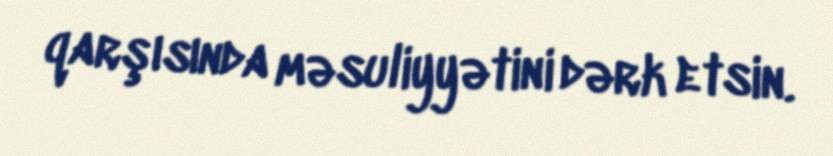
qarşısında məsuliyyətini dərk etsin.